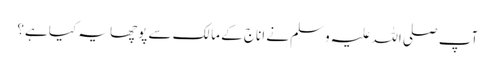
آپ صلی اللہ علیہ وسلم نے اناج کے مالک سے پوچھا یہ کیا ہے؟